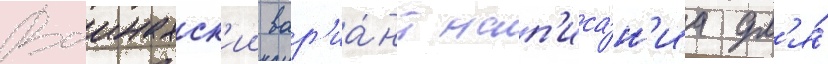
Ваинахск'ии вар'иа́нт нап'иса́н'иа дл'я́